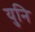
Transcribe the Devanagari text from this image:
युनि